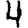
Digit: 4